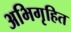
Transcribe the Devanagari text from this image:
अभिगृहित